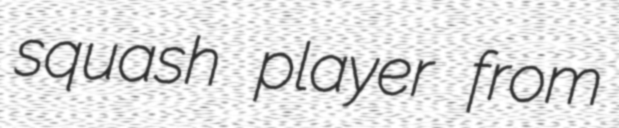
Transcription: squash player from